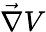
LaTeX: \vec{\nabla}V